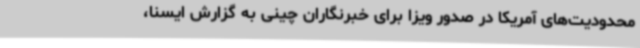
محدودیت‌های آمریکا در صدور ویزا برای خبرنگاران چینی به گزارش ایسنا،‌